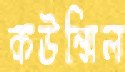
কউন্সিল